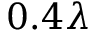
0 . 4 \lambda